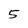
Character: 5